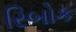
રિબોક